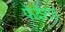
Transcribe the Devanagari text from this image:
फेदेराई